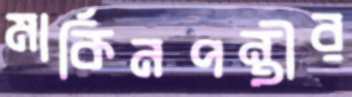
মার্কিনপন্থীর